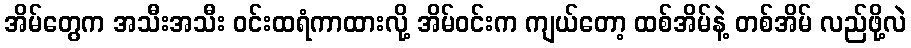
အိမ်တွေက အသီးအသီး ဝင်းထရံကာထားလို့ အိမ်ဝင်းက ကျယ်တော့ ထစ်အိမ်နဲ့ တစ်အိမ် လည်ဖို့လဲ